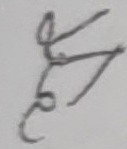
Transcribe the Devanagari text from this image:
ह